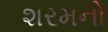
શરમનો